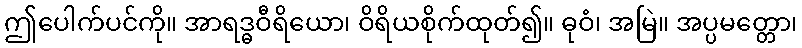
ဤပေါက်ပင်ကို။ အာရဒ္ဓဝီရိယော၊ ဝိရိယစိုက်ထုတ်၍။ ဓုဝံ၊ အမြဲ။ အပ္ပမတ္တော၊